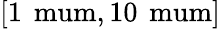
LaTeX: [1\, \mathrm{\ mum},10\, \mathrm{\ mum}]